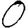
Digit: 0